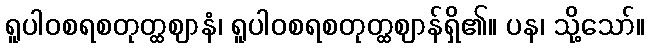
ရူပါဝစရစတုတ္ထဈာနံ၊ ရူပါဝစရစတုတ္ထဈာန်ရှိ၏။ ပန၊ သို့သော်။